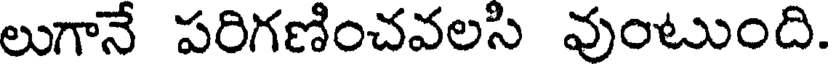
లుగానే పరిగణించవలసి వుంటుంది.